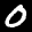
Label: 0